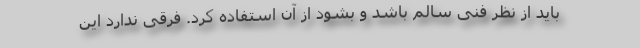
باید از نظر فنی سالم باشد و بشود از آن استفاده کرد. فرقی ندارد این